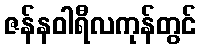
ဇန်နဝါရီလကုန်တွင်